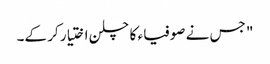
" جس نے صوفیاء کا چلن اختیار کر کے۔